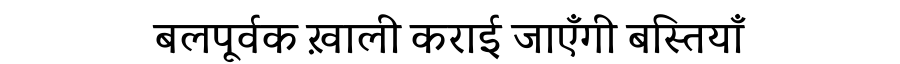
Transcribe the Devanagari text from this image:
बलपूर्वक ख़ाली कराई जाएँगी बस्तियाँ